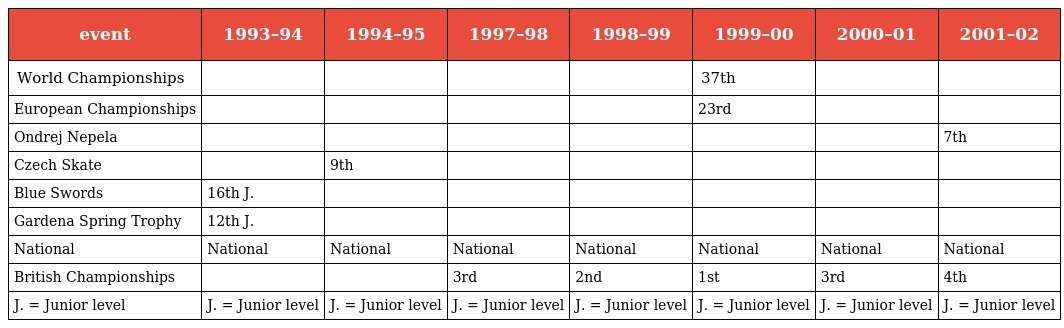
| event | 1993–94 | 1994–95 | 1997–98 | 1998–99 | 1999–00 | 2000–01 | 2001–02 |
 | --- | --- | --- | --- | --- | --- | --- | --- |
 | World Championships |  |  |  |  | 37th |  |  |
 | European Championships |  |  |  |  | 23rd |  |  |
 | Ondrej Nepela |  |  |  |  |  |  | 7th |
 | Czech Skate |  | 9th |  |  |  |  |  |
 | Blue Swords | 16th J. |  |  |  |  |  |  |
 | Gardena Spring Trophy | 12th J. |  |  |  |  |  |  |
 | National | National | National | National | National | National | National | National |
 | British Championships |  |  | 3rd | 2nd | 1st | 3rd | 4th |
 | J. = Junior level | J. = Junior level | J. = Junior level | J. = Junior level | J. = Junior level | J. = Junior level | J. = Junior level | J. = Junior level |